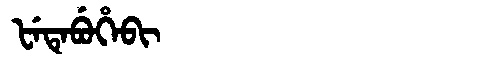
Manchu: ᡶᡝᡨᡝᠪᡠᡥᡝᠪᡳ
Romanization: FETEBUHEBI